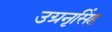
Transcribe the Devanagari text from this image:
उग्रनृसिंह